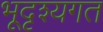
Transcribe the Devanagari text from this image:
भूदृश्यगत